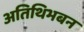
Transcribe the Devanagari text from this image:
अतिथिभबन